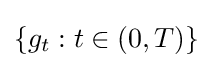
\{g_{t}:t\in (0,T)\}